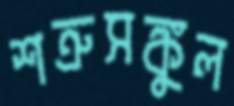
শত্রুসঙ্কুল